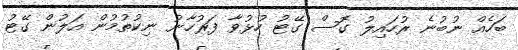
ބަހެއް ނުބުނެ ރުހައިލު ގޮސް ގޭޓު ހުޅުވާ ފަރުހާނު ނިކުތުމުން އަލުން ގޭޓު